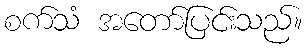
စက်သံ အတော်ပြင်းသည်။